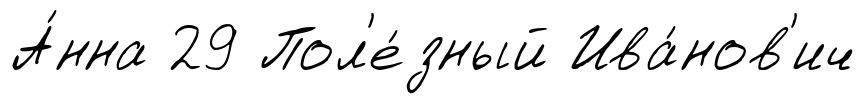
А́нна 29 Пол'е́зный Ива́нов'ич